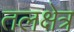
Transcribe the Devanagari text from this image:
तलक्षेत्र